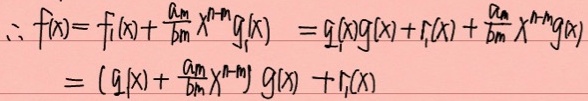
\(\begin{align*}
\therefore f(x)&= f_1(x)+\frac{a_n}{b_m}x^{n - m}g(x)=q_1(x)g(x)+r_1(x)+\frac{a_n}{b_m}x^{n - m}g(x)\\
&=(q_1(x)+\frac{a_n}{b_m}x^{n - m})g(x)+r_1(x)
\end{align*}\)